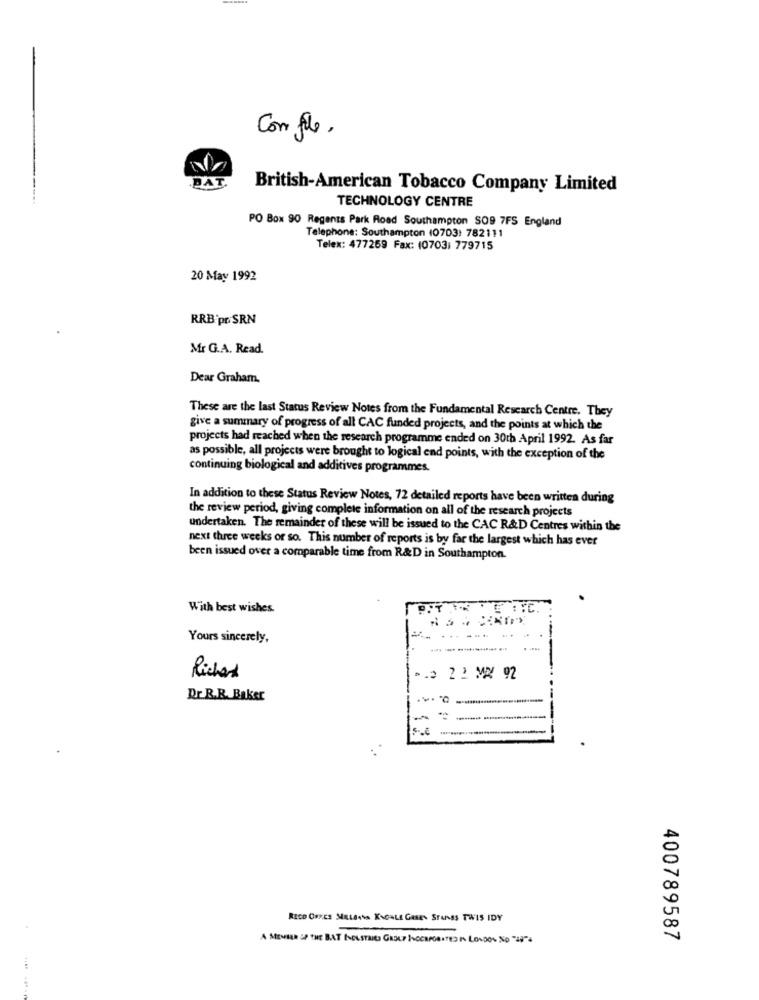
Con fle.
DAT.
British-American Tobacco Company Limited
TECHNOLOGY CENTRE
PO Box 90 Regents Park Road Southampton SO9 7FS England
Telephone: Southampton (0703: 782111
Telex: 477259 Fax: (0703: 779715
20 May 1992
RRB'pr SRN
Mr G.A. Read.
Dear Graham.
These are the last Status Review Notes from the Fundamental Research Centre. They
give a summary of progress of all CAC funded projects, and the points at which the
projects had reached when the research programme ended on 30th April 1992. As far
as possible, all projects were brought to logical end points, with the exception of the
continuing biological and additives programmes.
In addition to these Status Review Notes, 72 detailed reports have been written during
the review period, giving complete information on all of the research projects
undertaken. The remainder of these will be issued to the CAC R&D Centres within the
next three weeks or so. This number of reports is by far the largest which has ever
been issued over a comparable time from R&D in Southampton.
With best wishes.
PIT . . .. C.
-
Yours sincerely,
Richard
1.3 2 2 MW 92
Dr.B.R. Baker
.-. 0 -
-
- ---
RECO ORzes MARLENto KNOWLE GASES STANES TWIS IDY
400789587